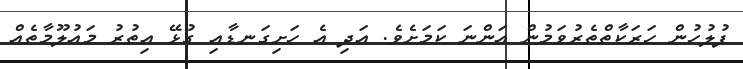
ފުލުހުން ހަރަކާތްތެރުވަމުން އަންނަ ކަމަށެވެ. އަދި އެ ހަށިގަނޑާއި ގުޅޭ އިތުރު މައުލޫމާތެއް